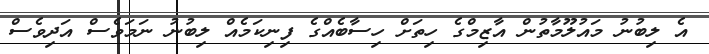
އެ ލިބުނު މައުލޫމާތުން އާޒިމްގެ ހިތަށް ހިސާބެއްގެ ފިނިކަމެއް ލިބުނު ނަމަވެސް އަދިވެސް